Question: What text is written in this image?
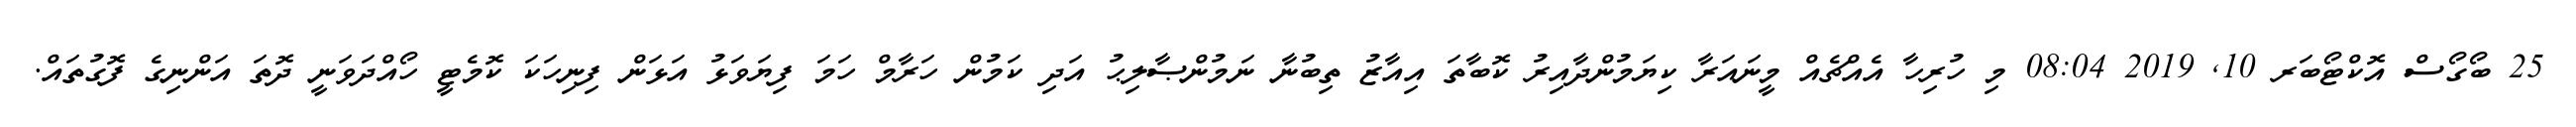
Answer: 25 ބޯގޯސް އޮކްޓޯބަރ 10, 2019 08:04 މި ހުރިހާ އެއްޗެއް މީނައަރާ ކިޔަމުންދާއިރު ކޮބާތަ އިއާޒު ތިބުނާ ނަމުންޞާލިޙު އަދި ކަމުން ހަރާމް ހަމަ ފިޔަވަޅު އަޅަން ފިނިހަކަ ކޮމެޓީ ހޯއްދަވަނީ ދޮތަ އަންނިގެ ފޮގުތައް.